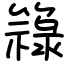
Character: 簶